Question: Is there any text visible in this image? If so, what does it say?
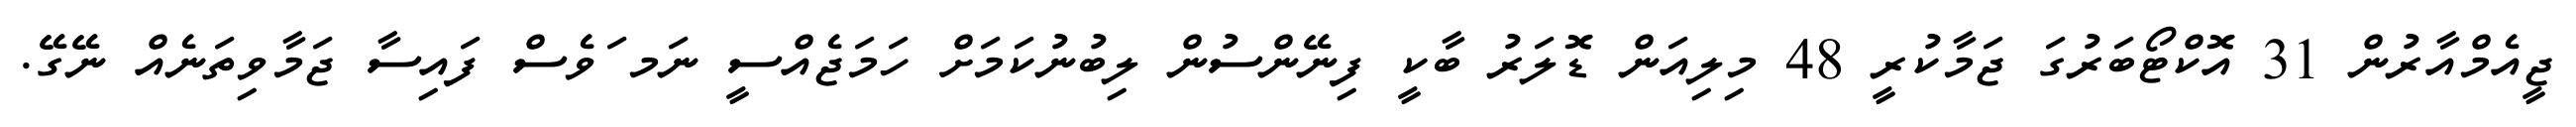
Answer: ޖީއެމްއާރުން 31 އޮކްޓޯބަރުގަ ޖަމާކުރީ 48 މިލިއަން ޑޮލަރު ބާކީ ފިނޭންސުން ލިބުނުކަމަށް ހަމަޖެއްސީ ނަމ ަވެސް ފައިސާ ޖަމާވިތަނެއް ނޭގޭ.